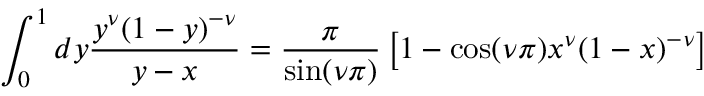
\int _ { 0 } ^ { 1 } d y \frac { y ^ { \nu } ( 1 - y ) ^ { - \nu } } { y - x } = \frac { \pi } { \sin ( \nu \pi ) } \left[ 1 - \cos ( \nu \pi ) x ^ { \nu } ( 1 - x ) ^ { - \nu } \right]